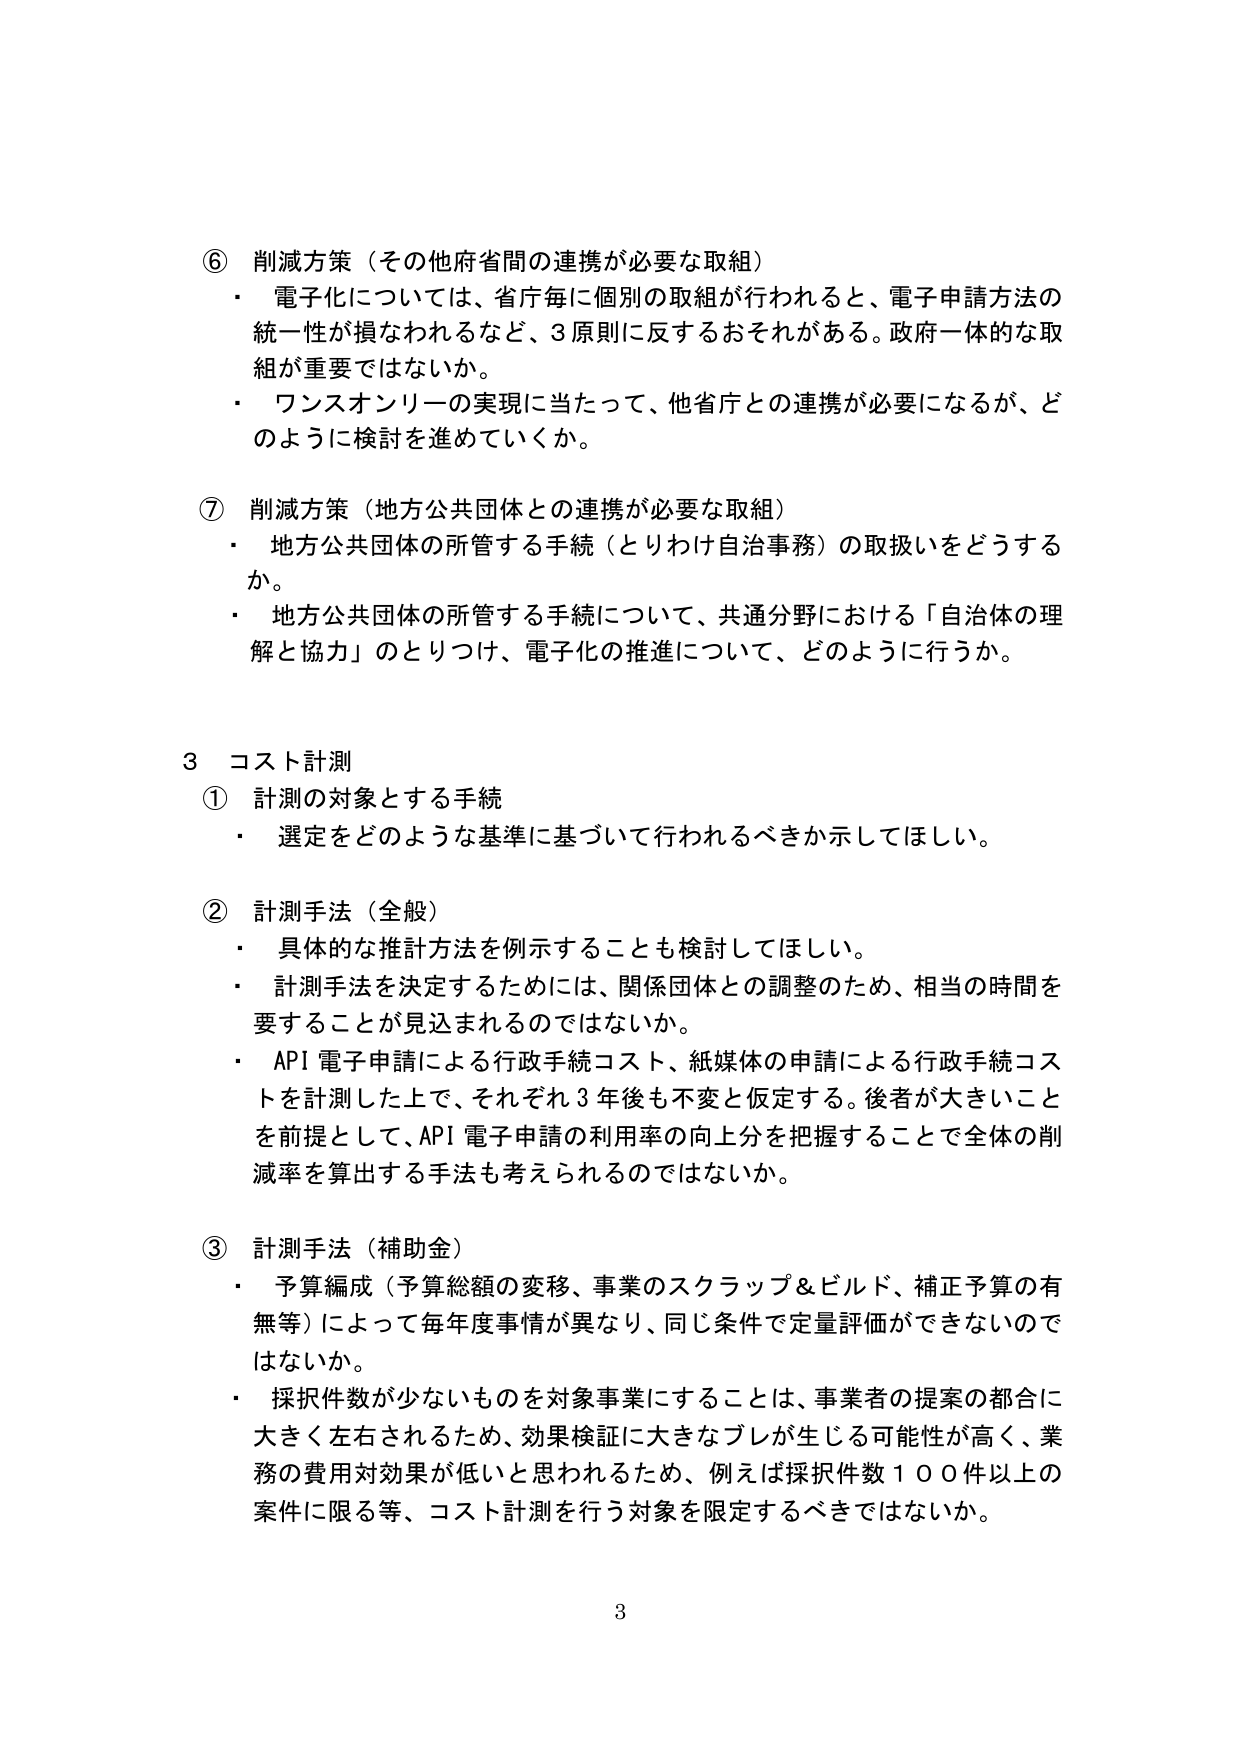
⑥ 削減方策（その他府省間の連携が必要な取組）
・ 電子化については、省庁毎に個別の取組が行われると、電子申請方法の統一性が損なわれるなど、3原則に反するおそれがある。政府一体的な取組が重要ではないか。
・ ワンスオンリーの実現に当たって、他省庁との連携が必要になるが、どのように検討を進めていくか。

⑦ 削減方策（地方公共団体との連携が必要な取組）
・ 地方公共団体の所管する手続（とりわけ自治事務）の取扱いをどうするか。
・ 地方公共団体の所管する手続について、共通分野における「自治体の理解と協力」のとりつけ、電子化の推進について、どのように行うか。

3 コスト計測
① 計測の対象とする手続
・ 選定をどのような基準に基づいて行われるべきか示してほしい。

② 計測手法（全般）
・ 具体的な推計方法を例示することも検討してほしい。
・ 計測手法を決定するためには、関係団体との調整のため、相当の時間を要することが見込まれるのではないか。
・ API 電子申請による行政手続コスト、紙媒体の申請による行政手続コストを計測した上で、それぞれ3年後も不変と仮定する。後者が大きいことを前提として、API 電子申請の利用率の向上分を把握することで全体の削減率を算出する手法も考えられるのではないか。

③ 計測手法（補助金）
・ 予算編成（予算総額の変移、事業のスクラップ＆ビルド、補正予算の有無等）によって毎年度事情が異なり、同じ条件で定量評価ができないのではないか。
・ 採択件数が少ないものを対象事業にすることは、事業者の提案の都合に大きく左右されるため、効果検証に大きなブレが生じる可能性が高く、業務の費用対効果が低いと思われるため、例えば採択件数100件以上の案件に限る等、コスト計測を行う対象を限定するべきではないか。

3